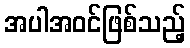
အပါအဝင်ဖြစ်သည့်